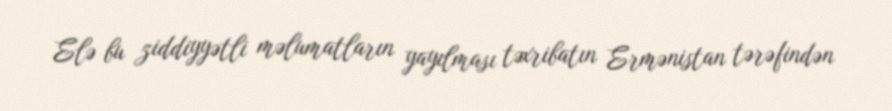
Elə bu ziddiyyətli məlumatların yayılması təxribatın Ermənistan tərəfindən